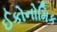
ઈકોનોમિક